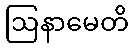
ဩနာမေတိ